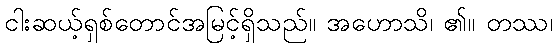
ငါးဆယ့်ရှစ်တောင်အမြင့်ရှိသည်။ အဟောသိ၊ ၏။ တဿ၊